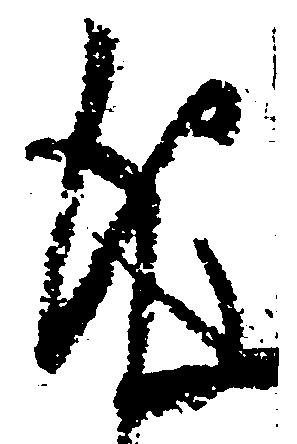
後